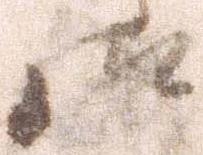
御